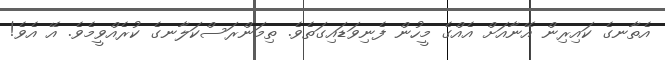
އެތާނގެ ކައިރިން އޭނާއަށް އެއްގެ މީހުން ފެނިވަޑައިގަތެވެ. ތިމަންރަސްކަލާނގެ ކުރެއްވީމެވެ. އޭ އެވެ!